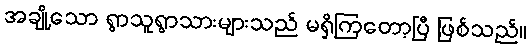
အချို့သော ရွာသူရွာသားများသည် မရှိကြတော့ပြီ ဖြစ်သည်။